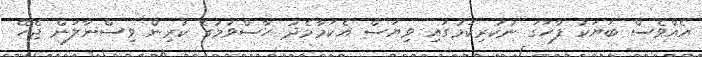
އެއްވެސް ބަޔަކު ފާހަގަ ނުކުރިކަމުގައި ވިޔަސް އެކަމާމެދު ހާސްވުމުގެ ކުރިން ވިސްނާލަން ޖެހޭ